Leningradi_Edasi_toimetus, lk 3
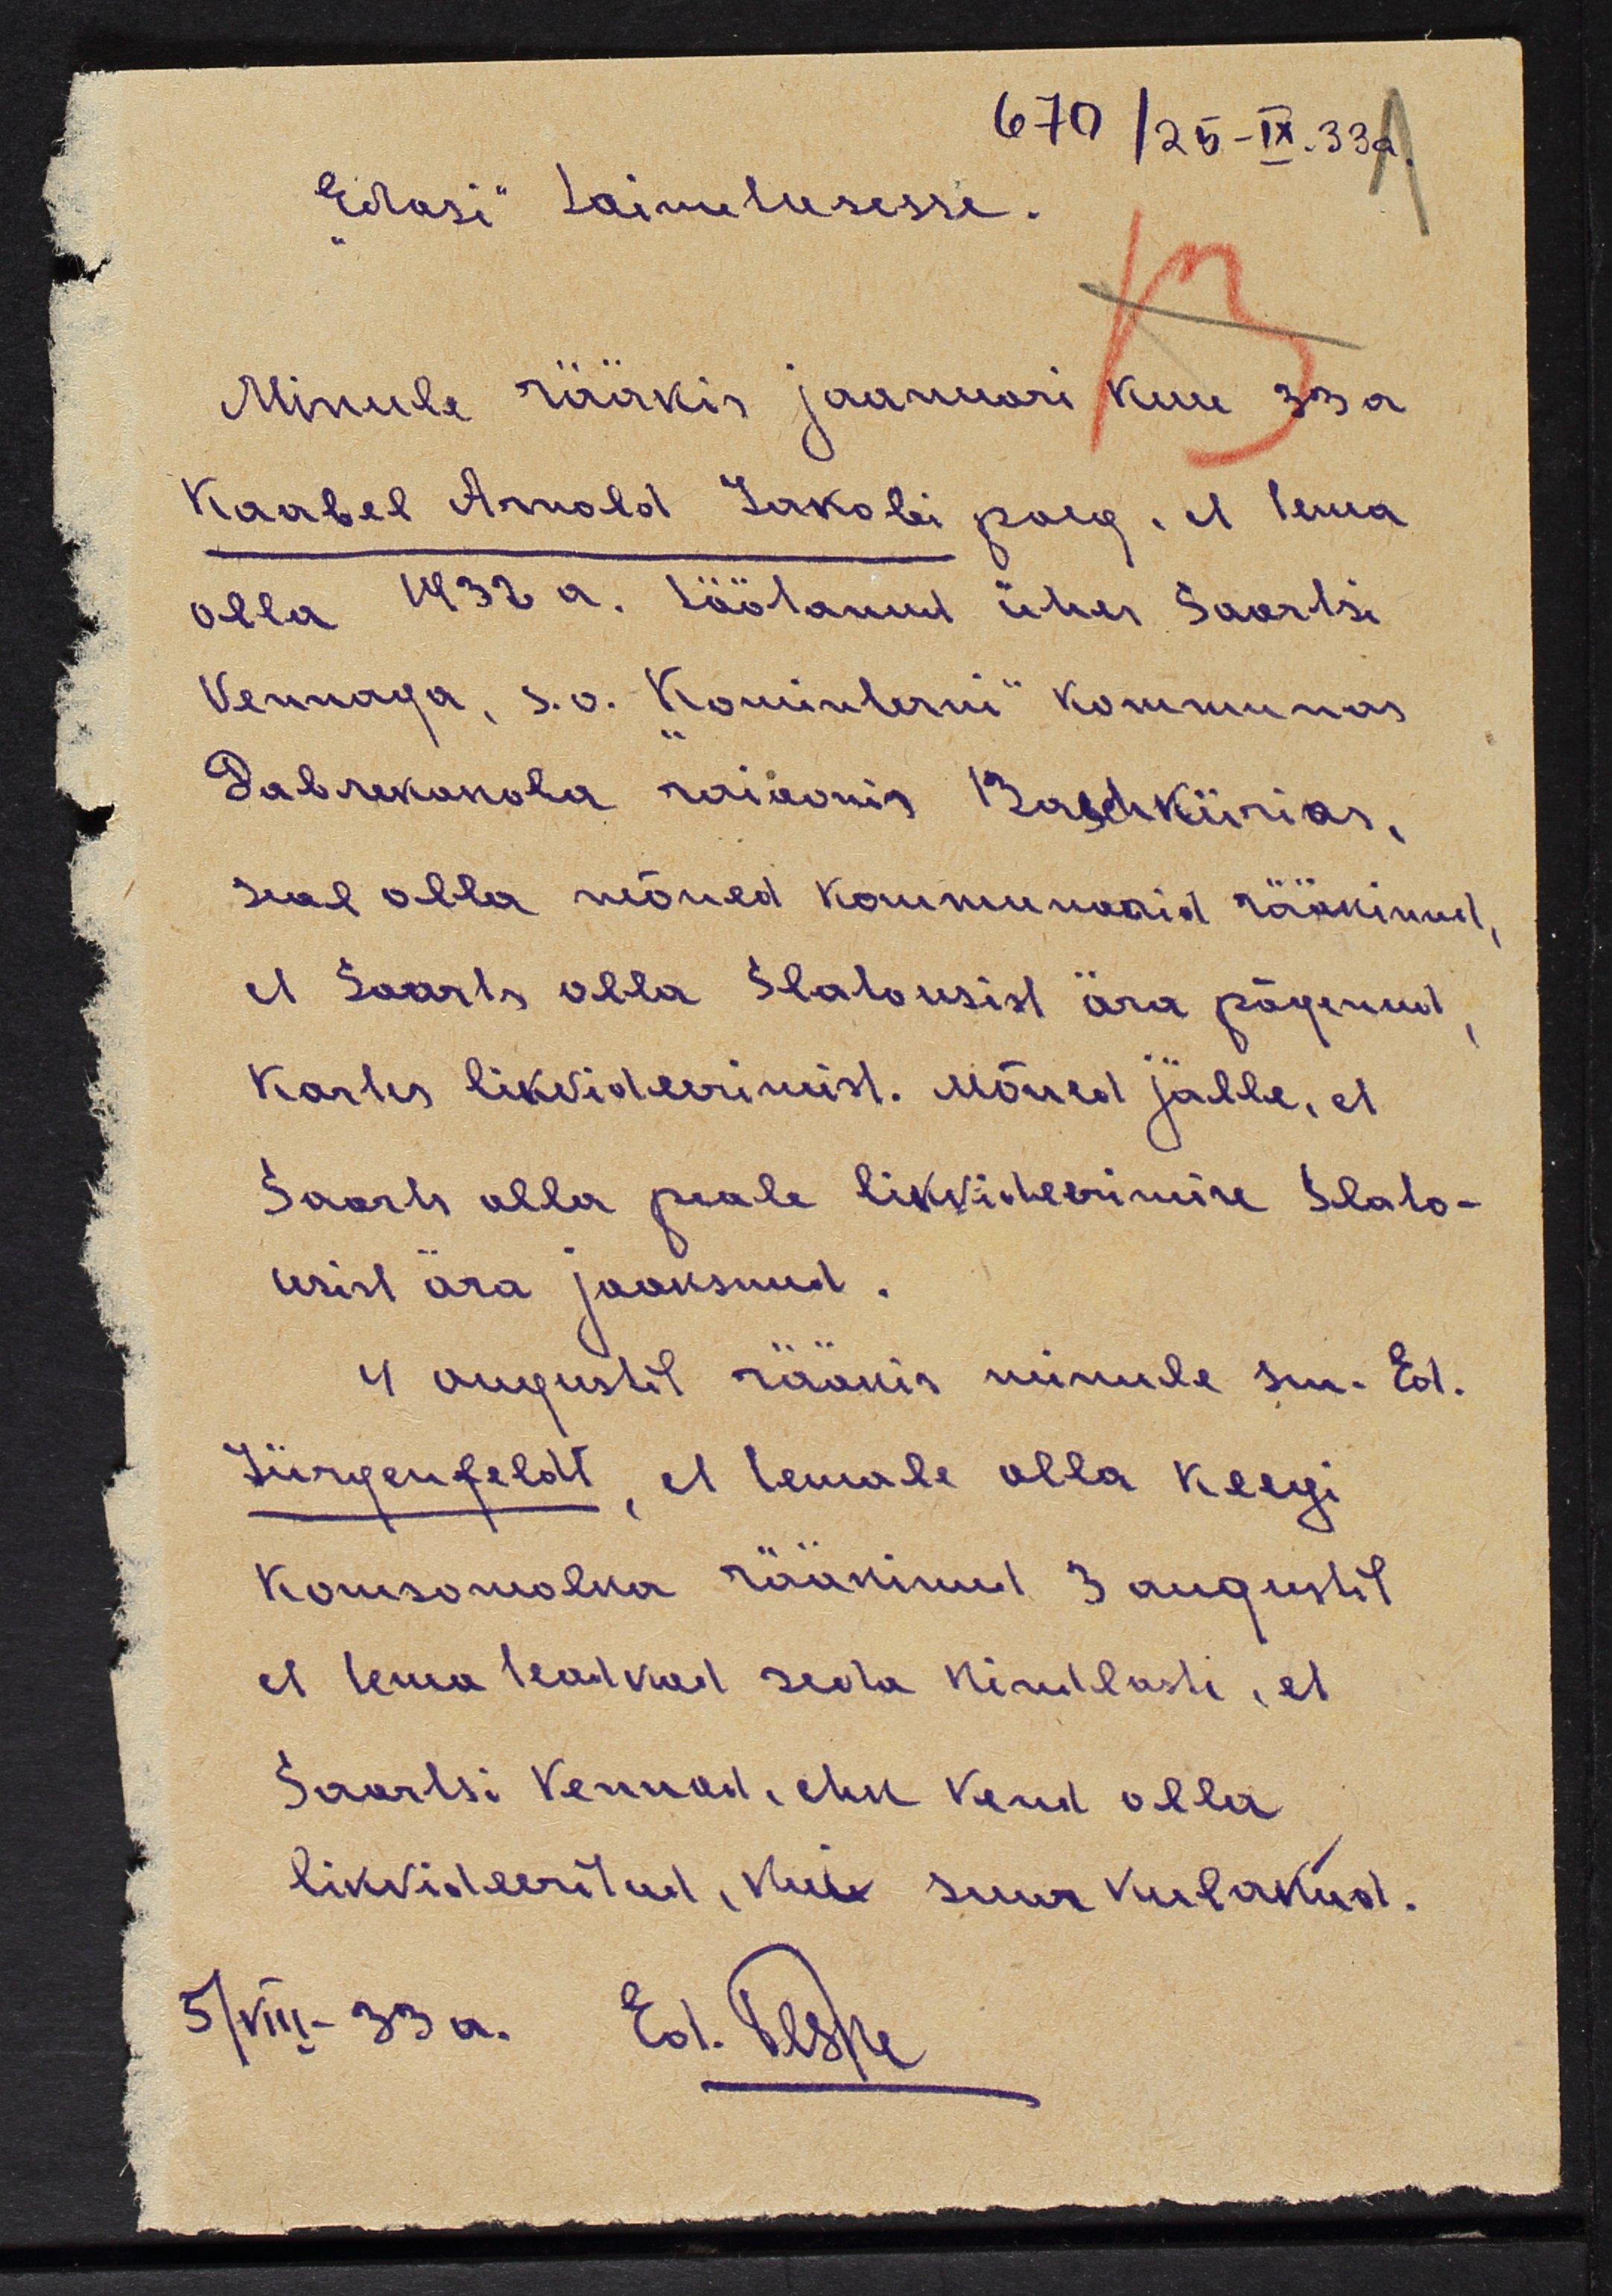
670/25-IX.33a
Edasi" toimetusse.
Minule rääkis jaanuari kuu 33a.
Kaabel Arnold Jakobi poeg. et tema
olla 1932 a. töötanud ühes Saartsi
Vennaga, s.o. Kominterni" kommunas
Dabrevonola raioonis Baschkiirias.
seal olla mõned kommissarid rääkinud
et Saarts olla Slalovsist ära põgenud
kartes likvideerimist. Mõned jälle, et
Saarts olla peale likvideerimise Slalo-
vsist ära jooksnud.
4 augustil rääkis minule sm. Ed.
Jürgenfeldt, et temale olla keegi
Komsomolka rääkinud 3 augustil
et tema teadvad seda kindlasti, et
Saartsi vennad, ehk vend olla
likvideeritud, kui suur kulakud.
5/VIII-33 a. Ed. Veske